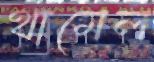
থামেল